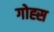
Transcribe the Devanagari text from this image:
गोह्स